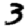
Digit: 3